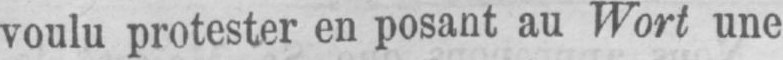
voulu protester en posant au Wort une